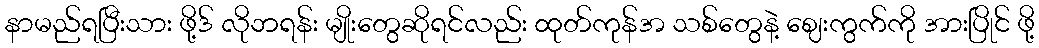
နာမည်ရပြီးသား ဖို့ဒ် လိုဘရန်း မျိုးတွေဆိုရင်လည်း ထုတ်ကုန်အ သစ်တွေနဲ့ ဈေးကွက်ကို အားပြိုင် ဖို့